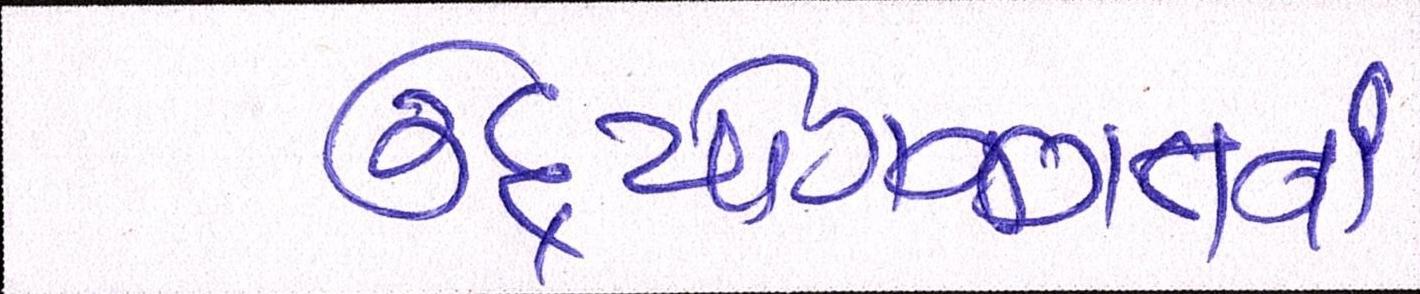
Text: ઉદ્યોગજગતનાં